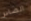
الصادر